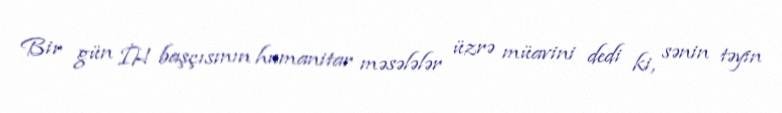
Bir gün İH başçısının humanitar məsələlər üzrə müavini dedi ki, sənin təyin